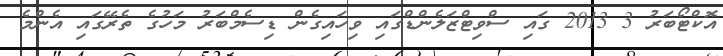
އޮކްޓޯބަރު 3 2013 ގައި ސްވިޓްޒަލެންޑްގައި ވިހައިގެން ޑިސެމްބަރު މަހުގެ ތެރޭގައި އެންމެ